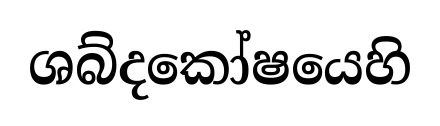
ශබ්දකෝෂයෙහි